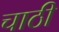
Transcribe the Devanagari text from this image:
चाठी